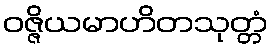
ဝဇ္ဇိယမာဟိတသုတ္တံ